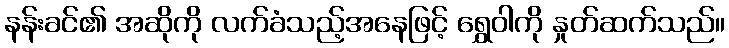
နန်းခင်၏ အဆိုကို လက်ခံသည့်အနေဖြင့် ရွှေဝါကို နှုတ်ဆက်သည်။